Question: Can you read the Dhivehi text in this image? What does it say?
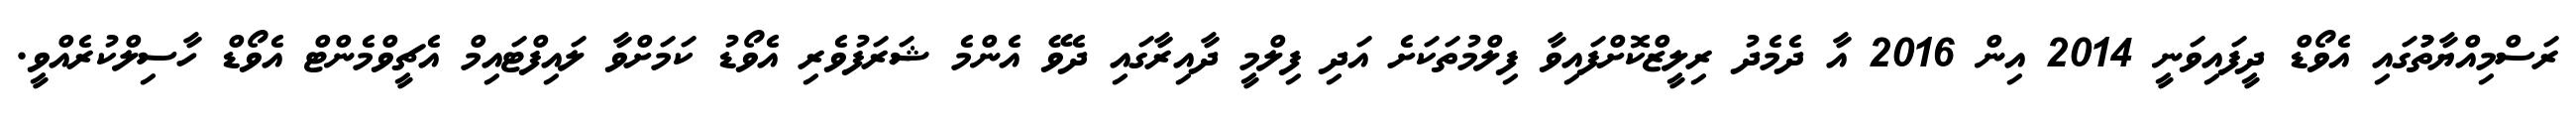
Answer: ރަސްމިއްޔާތުުގައި އެވޯޑް ދީފައިވަނީ 2014 އިން 2016 އާ ދެމެދު ރިލީޒްކޮށްފައިވާ ފިލްމުތަކަށެ އަދި ފިލްމީ ދާއިރާގައި ދެވޭ އެންމެ ޝަރަފުވެރި އެވޯޑު ކަމަށްވާ ލައިފްޓައިމް އެޗީވްމެންޓް އެވޯޑް ހާސިލްކުރެއްވީ.